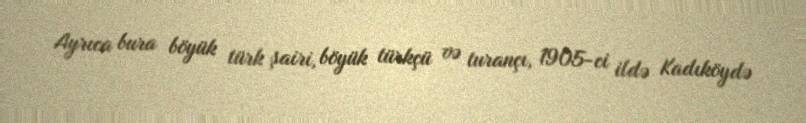
Ayrıca bura böyük türk şairi, böyük türkçü və turançı, 1905-ci ildə Kadıköydə